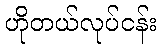
ဟိုတယ်လုပ်ငန်း